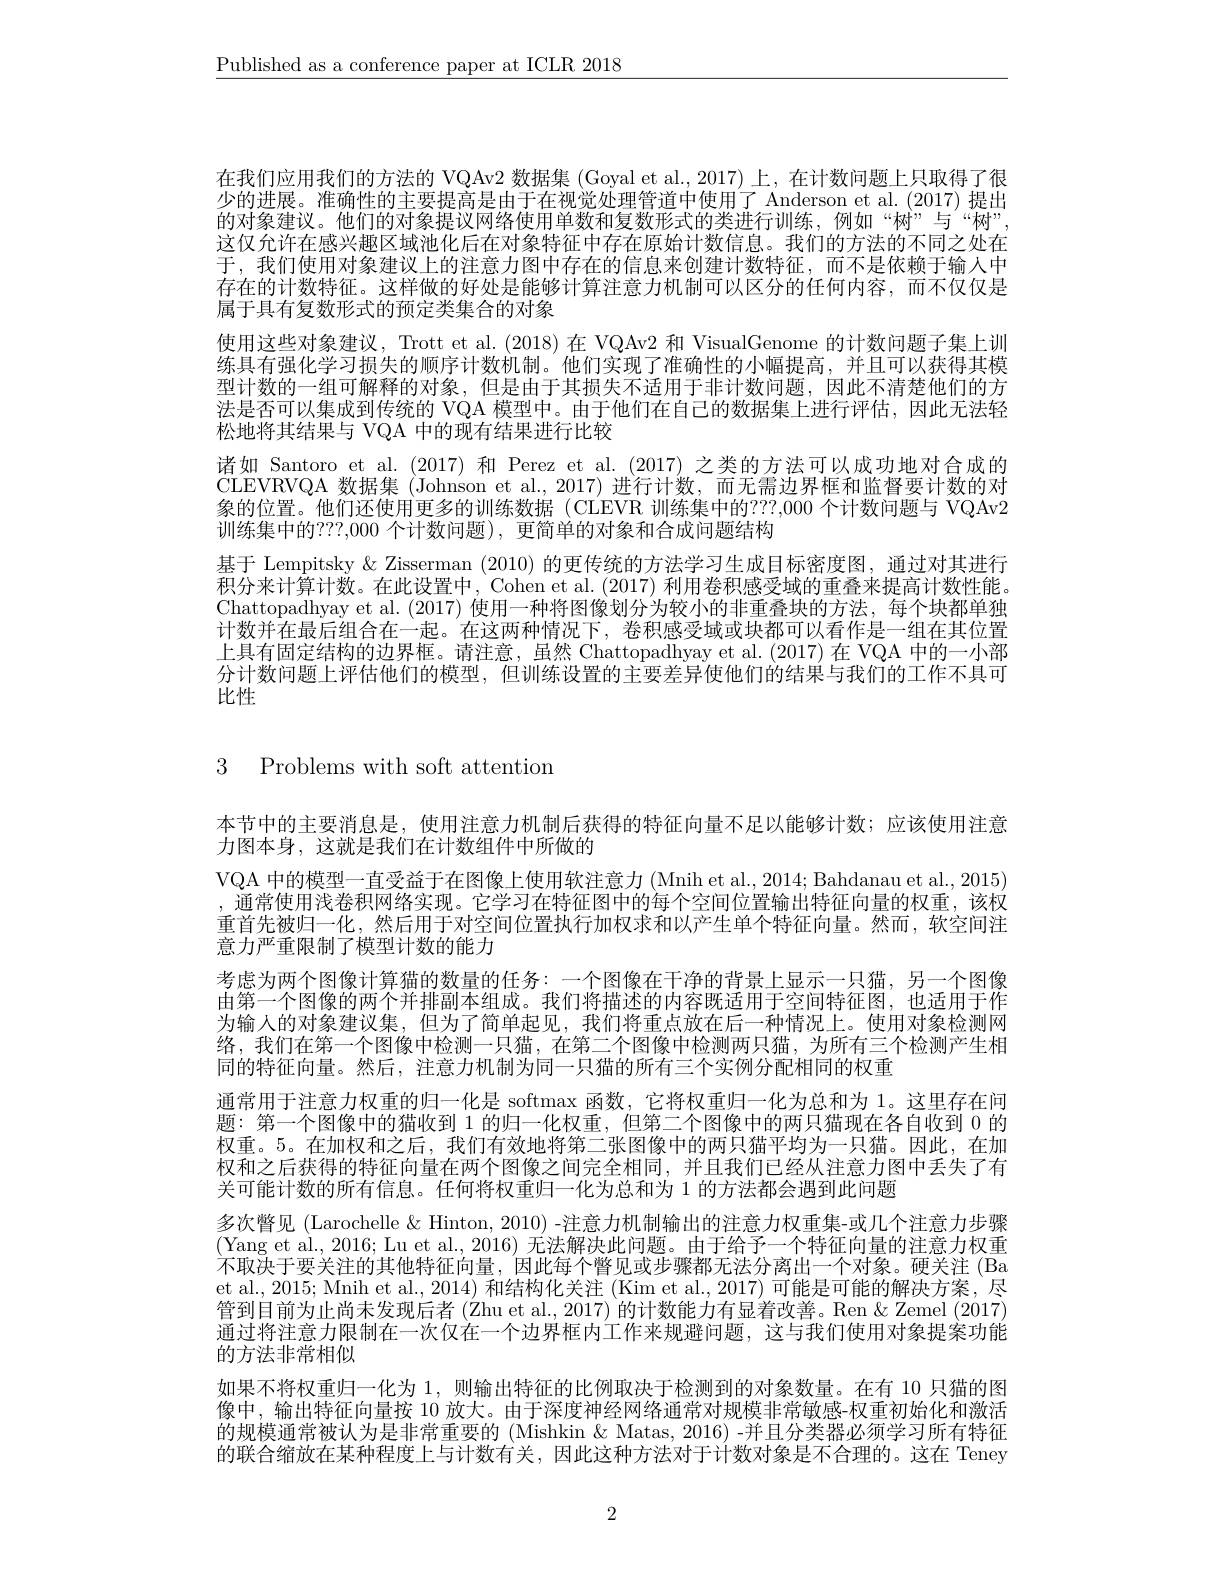
$\underline{\text{Published as a conference paper at ICLR 2018}}$

在我们应用我们的方法的 VQAv2 数据集 (Goyal et al.,2017) 上，在计数问题上只取得了很少的进展。准确性的主要提高是由于在视觉处理管道中使用了 Anderson et al.(2017) 提出的对象建议。他们的对象提议网络使用单数和复数形式的类进行训练，例如“树”与“树”, 这仅允许在感兴趣区域池化后在对象特征中存在原始计数信息。我们的方法的不同之处在于，我们使用对象建议上的注意力图中存在的信息来创建计数特征，而不是依赖于输人中存在的计数特征。这样做的好处是能够计算注意力机制可以区分的任何内容，而不仅仅是属于具有复数形式的预定类集合的对象
使用这些对象建议，Trott et al.(2018)在 VQAv2 和 VisualGenome 的计数问题子集上训练具有强化学习损失的顺序计数机制。他们实现了准确性的小幅提高，并且可以获得其模型计数的一组可解释的对象，但是由于其损失不适用于非计数问题，因此不清楚他们的方法是否可以集成到传统的 VQA 模型中。由于他们在自己的数据集上进行评估，因此无法轻松地将其结果与 VQA 中的现有结果进行比较
诸如 Santoro et al.(2017)和 Perez et al.(2017) 之类的方法可以成功地对合成的CLEVRVQA 数据集 (Johnson et al., 2017) 进行计数，而无需边界框和监督要计数的对象的位置。他们还使用更多的训练数据 (CLEVR 训练集中的？??,000 个计数问题与 VQAv2训练集中的？??,000 个计数问题), 更简单的对象和合成问题结构
基于 Lempitsky & Zisserman (2010) 的更传统的方法学习生成目标密度图，通过对其进行积分来计算计数。在此设置中，Cohen et al. (2017) 利用卷积感受域的重叠来提高计数性能。Chattopadhyay et al.(2017) 使用一种将图像划分为较小的非重叠块的方法，每个块都单独计数并在最后组合在一起。在这两种情况下，卷积感受域或块都可以看作是一组在其位置上具有固定结构的边界框。请注意，虽然 Chattopadhyay et al.(2017) 在 VQA 中的一小部分计数问题上评估他们的模型，但训练设置的主要差异使他们的结果与我们的工作不具可比性

3 Problems with soft attention

本节中的主要消息是，使用注意力机制后获得的特征向量不足以能够计数；应该使用注意
力图本身，这就是我们在计数组件中所做的
VQA 中的模型一直受益于在图像上使用软注意力 (Mnih et al., 2014; Bahdanau et al., 2015) ,通常使用浅卷积网络实现。它学习在特征图中的每个空间位置输出特征向量的权重，该权重首先被归一化，然后用于对空间位置执行加权求和以产生单个特征向量。然而，软空间注意力严重限制了模型计数的能力
考虑为两个图像计算猫的数量的任务：一个图像在干净的背景上显示一只猫，另一个图像由第一个图像的两个并排副本组成。我们将描述的内容既适用于空间特征图，也适用于作为输入的对象建议集，但为了简单起见，我们将重点放在后一种情况上。使用对象检测网络，我们在第一个图像中检测一只猫，在第二个图像中检测两只猫，为所有三个检测产生相同的特征向量。然后，注意力机制为同一只猫的所有三个实例分配相同的权重
通常用于注意力权重的归一化是 softmax 函数，它将权重归一化为总和为 1。这里存在问题：第一个图像中的猫收到 1 的归一化权重，但第二个图像中的两只猫现在各自收到0的权重。5。在加权和之后，我们有效地将第二张图像中的两只猫平均为一只猫。因此，在加权和之后获得的特征向量在两个图像之间完全相同，并且我们已经从注意力图中丢失了有关可能计数的所有信息。任何将权重归一化为总和为 1 的方法都会遇到此问题
多次瞥见 (Larochelle & Hinton, 2010) -注意力机制输出的注意力权重集-或几个注意力步骤(Yang et al., 2016; Lu et al., 2016) 无法解决此问题。由于给予一个特征向量的注意力权重$\bar{\text{不取决于要关注的其他特征向量，因此每个瞥见或步骤都无法分离出一个对象。硬关注 }}$(Ba et al., 2015; Mnih et al., 2014) 和结构化关注 (Kim et al., 2017) 可能是可能的解决方案，尽管到目前为止尚未发现后者 (Zhu et al., 2017) 的计数能力有显着改善。Ren & Zemel (2017) 通过将注意力限制在一次仅在一个边界框内工作来规避问题，这与我们使用对象提案功能的方法非常相似
如果不将权重归一化为1，则输出特征的比例取决于检测到的对象数量。在有 10 只猫的图像中，输出特征向量按 10 放大。由于深度神经网络通常对规模非常敏感-权重初始化和激活的规模通常被认为是非常重要的 (Mishkin & Matas, 2016) -并且分类器必须学习所有特征的联合缩放在某种程度上与计数有关，因此这种方法对于计数对象是不合理的。这在 Teney

2